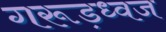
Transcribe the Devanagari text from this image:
गरूड़ध्वज